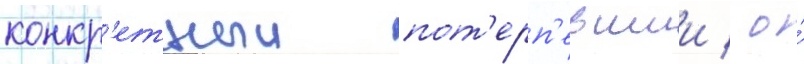
конкр'етныи пот'ерп'евшии / о́